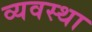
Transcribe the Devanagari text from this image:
व्‍यवस्था